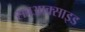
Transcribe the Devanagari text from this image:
सबआक्साइड